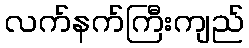
လက်နက်ကြီးကျည်